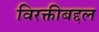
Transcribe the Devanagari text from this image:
विरक्तीबद्दल